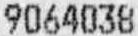
9064038